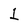
Character: 1